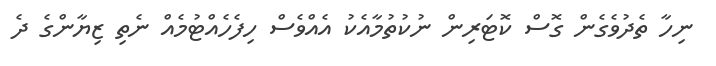
ނިހާ ތެދުވެގެން ގޮސް ކޮޓަރިން ނުކުތުމާއެކު އެއްވެސް ހިފެހެއްޓުމެއް ނެތި ޒިޔާންގެ ދެ